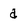
Character: d